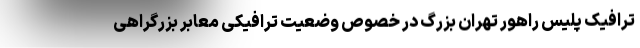
ترافیک پلیس راهور تهران بزرگ در خصوص وضعیت ترافیکی معابر بزرگراهی